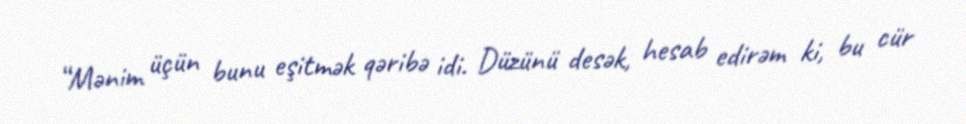
“Mənim üçün bunu eşitmək qəribə idi. Düzünü desək, hesab edirəm ki, bu cür